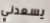
يسعدني